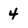
Character: 4